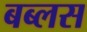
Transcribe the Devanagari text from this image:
बब्लस